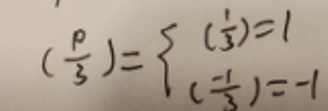
$\left(\frac{p}{3}\right)=\begin{cases}\left(\frac{1}{3}\right)=1\\\left(\frac{-1}{3}\right)=-1\end{cases}$